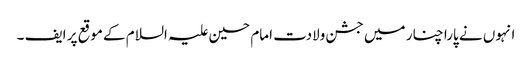
انہوں نے پارا چنار میں جشن ولادت امام حسین علیہ السلام کے موقع پر ایف ۔